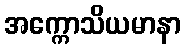
အက္ကောသိယမာနာ